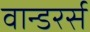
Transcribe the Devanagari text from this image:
वान्डरर्स